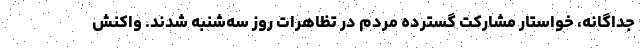
جداگانه، خواستار مشارکت گسترده مردم در تظاهرات روز سه‌شنبه شدند. واکنش